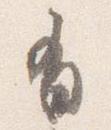
有